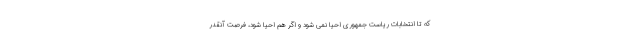
که تا انتخابات ریاست جمهوری احیا نمی شود و اگر هم احیا شود، فرصت آنقدر